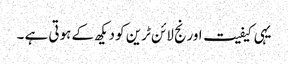
یہی کیفیت اورنج لائن ٹرین کو دیکھ کے ہوتی ہے ۔